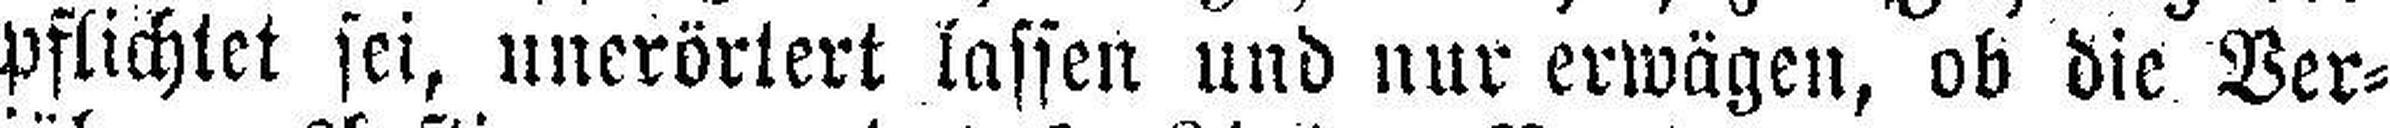
pflichtet sei, unerörlert lassen und nur erwägen, ob die Ver¬